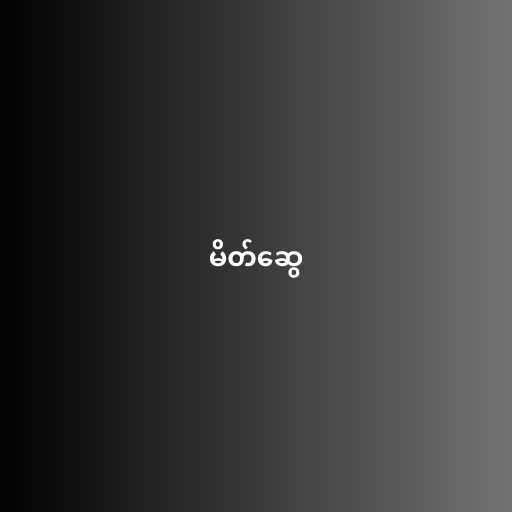
မိတ်ဆွေ